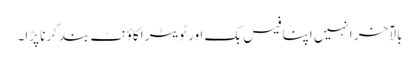
بالآخر انہیں اپنا فیس بک اور ٹویٹر اکاؤنٹ بند کرنا پڑا۔